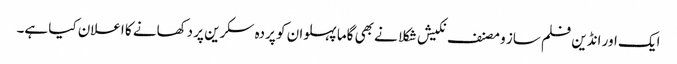
ایک اور انڈین فلم ساز و مصنف نکیش شکلا نے بھی گاما پہلوان کو پردہ سکرین پر دکھانے کا اعلان کیا ہے۔